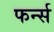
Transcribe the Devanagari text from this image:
फर्न्स